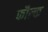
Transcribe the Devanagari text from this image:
फौल्क